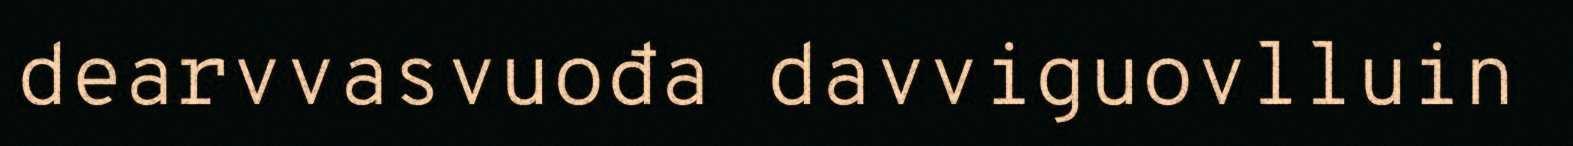
dearvvasvuođa davviguovlluin